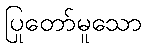
ပြုတော်မူသော